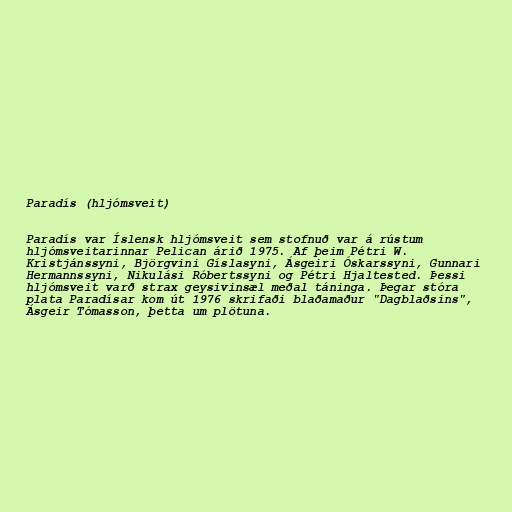
Paradís (hljómsveit)

Paradís var Íslensk hljómsveit sem stofnuð var á rústum
hljómsveitarinnar Pelican árið 1975. Af þeim Pétri W.
Kristjánssyni, Björgvini Gíslasyni, Ásgeiri Óskarssyni, Gunnari
Hermannssyni, Nikulási Róbertssyni og Pétri Hjaltested. Þessi
hljómsveit varð strax geysivinsæl meðal táninga. Þegar stóra
plata Paradísar kom út 1976 skrifaði blaðamaður "Dagblaðsins",
Ásgeir Tómasson, þetta um plötuna.